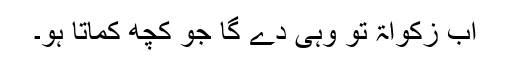
اب زکواۃ تو وہی دے گا جو کچھ کماتا ہو۔